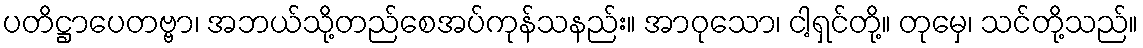
ပတိဋ္ဌာပေတဗ္ဗာ၊ အဘယ်သို့တည်စေအပ်ကုန်သနည်း။ အာဝုသော၊ ငါ့ရှင်တို့။ တုမှေ၊ သင်တို့သည်။